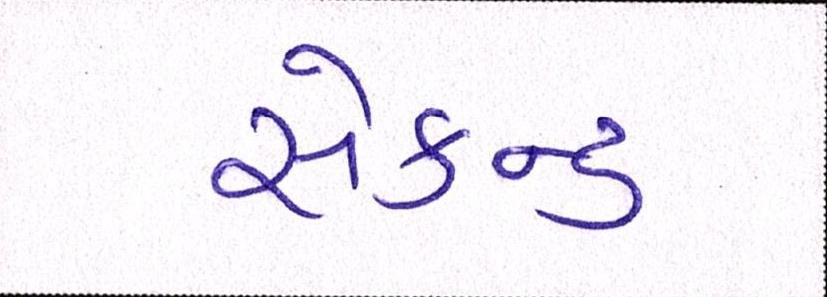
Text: સેકન્ડ